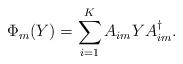
LaTeX: \begin{align*} \Phi_m(Y) = \sum_{i=1}^K A_{im} Y A_{im}^{\dagger}.\end{align*}